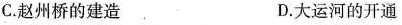
C.赵州桥的建造 D.大运河的开通